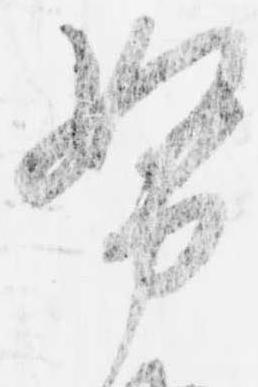
努